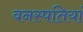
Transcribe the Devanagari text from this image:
वनस्‍पतियां